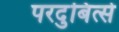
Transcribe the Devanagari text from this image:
परदुबित्से